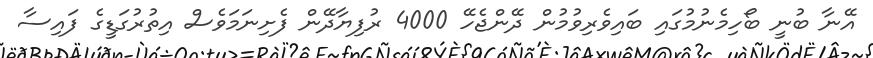
އޭނާ ބުނީ ބޯހިމެނުމުގައި ބައިވެރިވުމުން ދޭންޖެހޭ 4000 ރުފިޔާދޭން ފެށިނަމަވެސް އިތުރުގަޑީގެ ފައިސާ